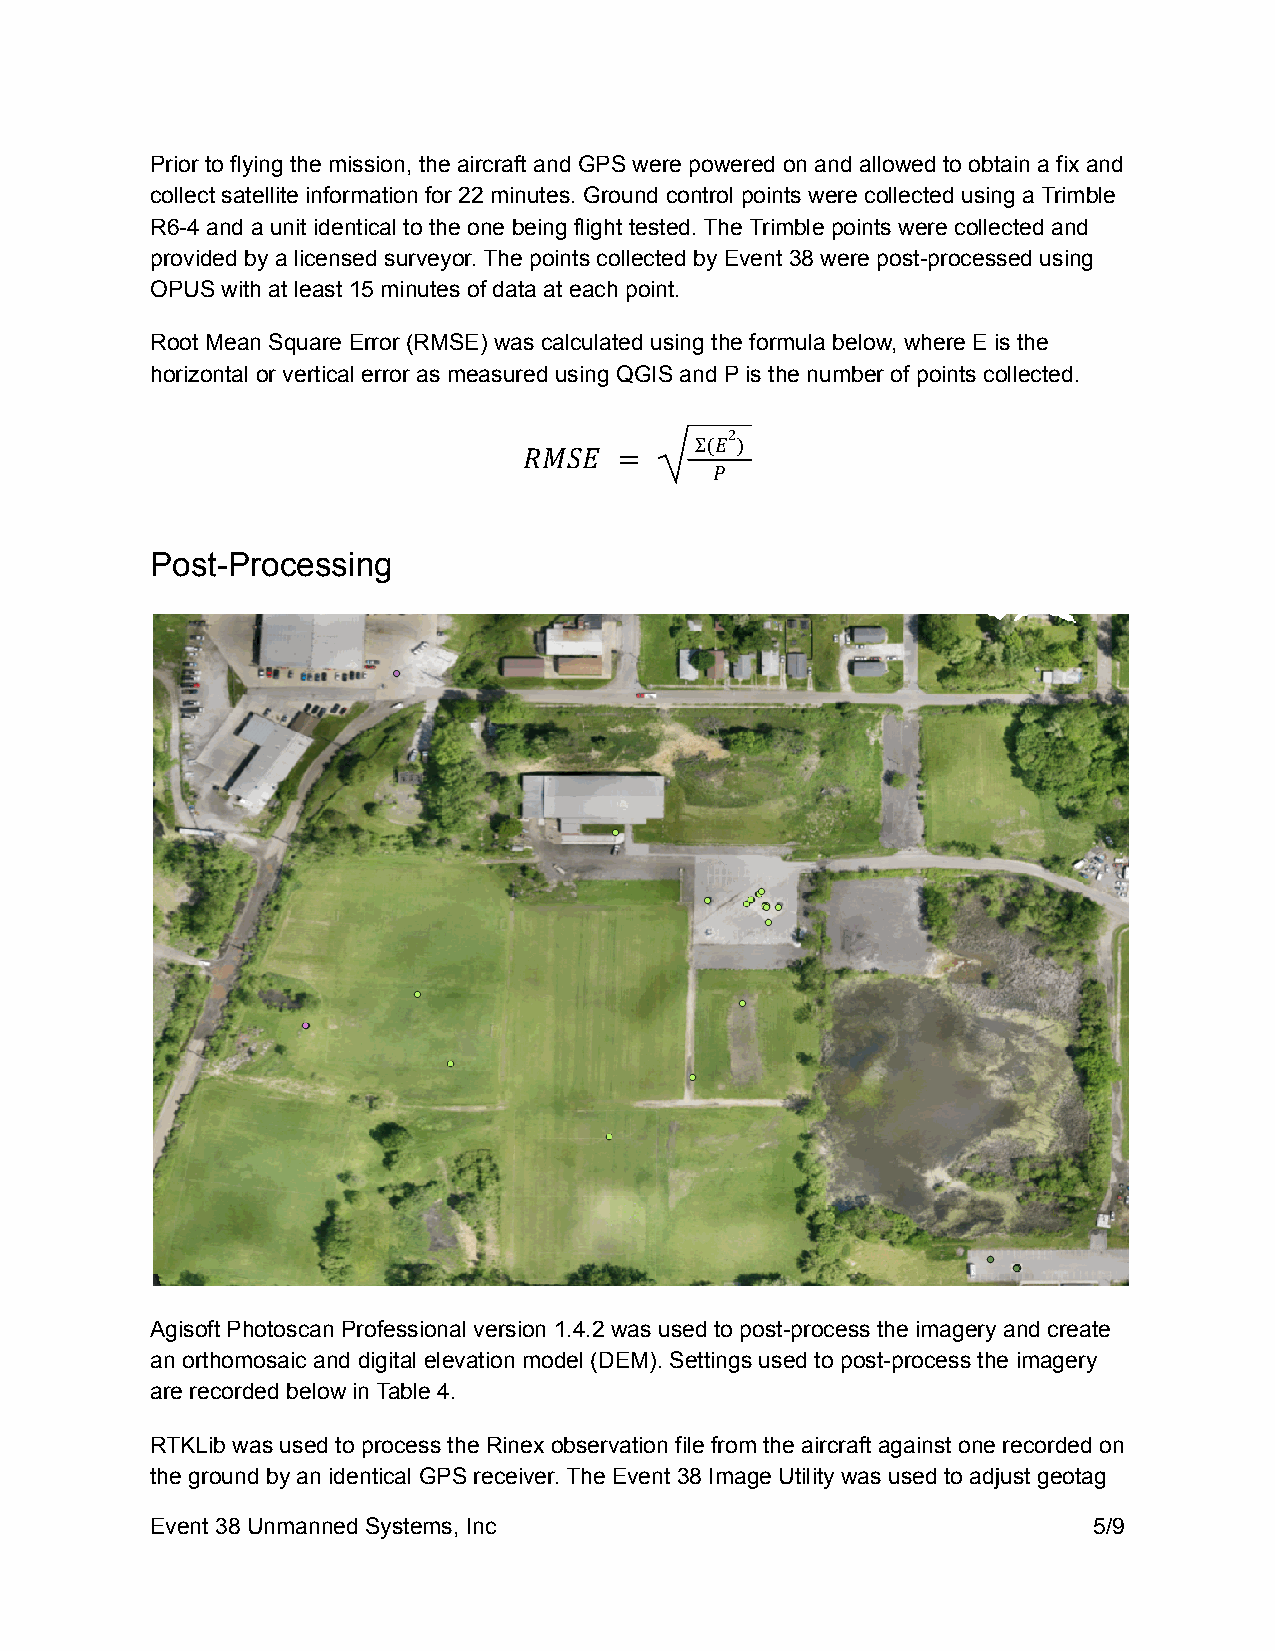
Prior to flying the mission, the aircraft and GPS were powered on and allowed to obtain a fix and
 collect satellite information for 22 minutes. Ground control points were collected using a Trimble
 R6-4 and a unit identical to the one being flight tested. The Trimble points were collected and
 provided by a licensed surveyor. The points collected by Event 38 were post-processed using
 OPUS with at least 15 minutes of data at each point.
 Root Mean Square Error (RMSE) was calculated using the formula below, where E is the
 horizontal or vertical error as measured using QGIS and P is the number of points collected.
 2
 Σ(𝐸 )
 𝑅𝑀𝑆𝐸  =
 𝑃
 Post-Processing
 Agisoft Photoscan Professional version 1.4.2 was used to post-process the imagery and create
 an orthomosaic and digital elevation model (DEM). Settings used to post-process the imagery
 are recorded below in Table 4.
 RTKLib was used to process the Rinex observation file from the aircraft against one recorded on
 the ground by an identical GPS receiver. The Event 38 Image Utility was used to adjust geotag
 Event 38 Unmanned Systems, Inc                                5/9